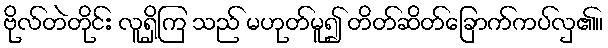
ဗိုလ်တဲတိုင်း လူရှိကြ သည် မဟုတ်မူ၍ တိတ်ဆိတ်ခြောက်ကပ်လှ၏။